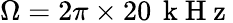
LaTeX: \Omega=2\pi\times 20\, \mathrm{~k~H~z~}